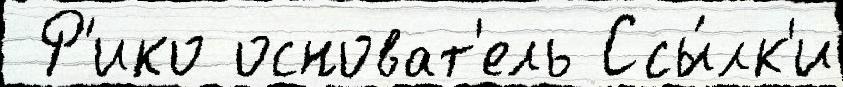
 Р'ико основат'ель Ссы́лк'и